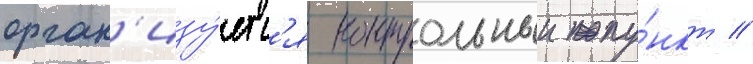
орган'изу́етс'я контрольныи пу́нкт //